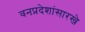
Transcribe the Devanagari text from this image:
वनप्रदेशांसारखे